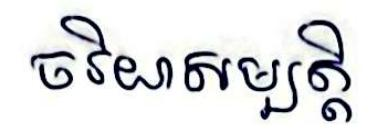
ចរិយាសម្បត្តិ